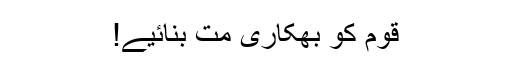
قوم کو بھکاری مت بنائیے!